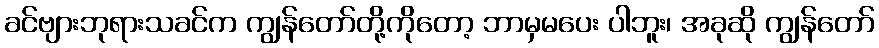
ခင်ဗျားဘုရားသခင်က ကျွန်တော်တို့ကိုတော့ ဘာမှမပေး ပါဘူး၊ အခုဆို ကျွန်တော်